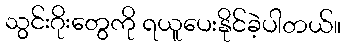
သွင်းဂိုးတွေကို ရယူပေးနိုင်ခဲ့ပါတယ်။